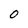
Character: 0